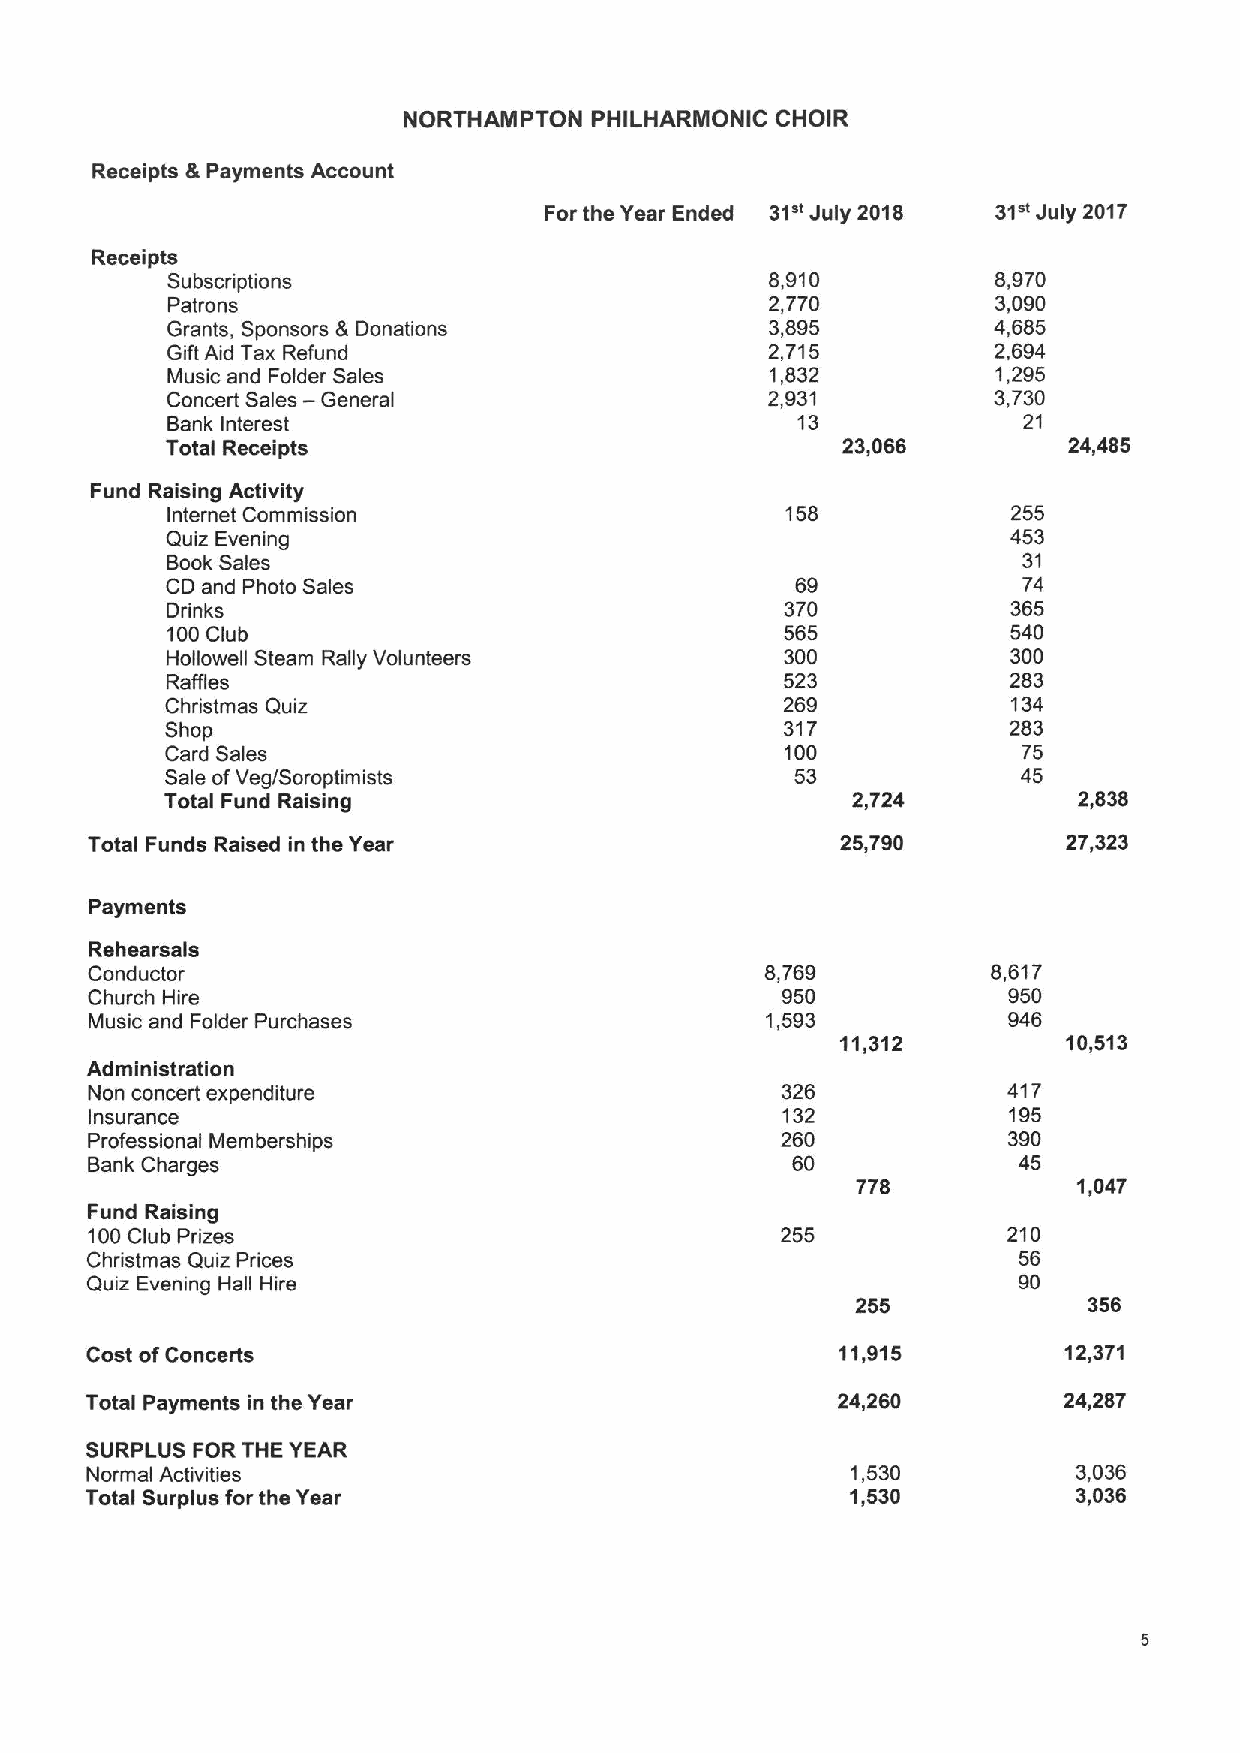
NORTHAMPTON PHILHARMONIC CHOIR
 Receipts &Payments Account
 31"            31"
 For the Year Ended July 2018     July 2017
 Receipts
 Subscriptions                           8,910          8,970
 Patrons                                 2,770          3,090
 Grants, Sponsors &Donations             3,895          4,685
 Gift Aid Tax Refund                     2,715          2,694
 Music and Folder Sales                  1,832          1,295
 Concert Sales — General                 2,931          3,730
 Bank Interest                             13             21
 Total Receipts                               23,066         24,485
 Fund Raising Activity
 Internet Commission                      158            255
 Quiz Evening                                            453
 Book Sales                                               31
 CD and Photo Sales                        69             74
 Drinks                                   370            365
 100Club                                  565            540
 Hollowell Steam Rally Volunteers         300            300
 Raffles                                  523            283
 Christmas Quiz                           269            134
 Shop                                     317            283
 Card Sales                               100             75
 Sale ofVeg/Soroptimists                   53             45
 Total Fund Raising                           2,724          2,838
 Total Funds Raised in the Year                    25,790         27 323
 Payments
 Rehearsals
 Conductor                                    8,769          8,617
 Church Hire                                   950            950
 Music and Folder Purchases                   1,593           946
 11,312         10,513
 Administration
 Non concert expenditure                       326            417
 Insurance                                     132            195
 Professional Memberships                      260            390
 Bank Charges                                  60             45
 778           1,047
 Fund Raising
 100Club Prizes                                255            210
 Christmas Quiz Prices                                        56
 Quiz Evening Hall Hire                                       90
 255            356
 Cost ofConcerts                                   11,915        12,371
 Total Payments in the Year                       24,260         24,287
 SURPLUS FOR THE YEAR
 Normal Activities                                 1,530          3,036
 Total Surplus for the Year                        1,530          3,036